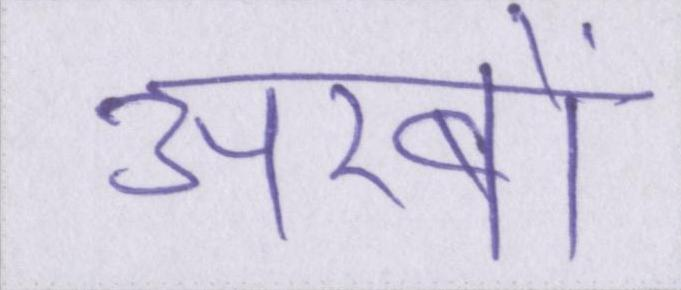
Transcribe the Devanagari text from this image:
अरबों